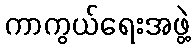
ကာကွယ်ရေးအဖွဲ့